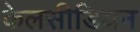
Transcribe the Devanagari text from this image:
केलसीडियन